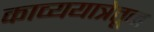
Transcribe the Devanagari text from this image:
काव्ययात्रेतून